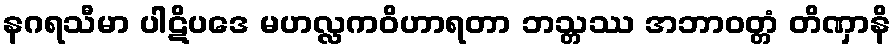
နဂရသီမာ ပါဋိပဒေ မဟလ္လကဝိဟာရတာ ဘသ္တဿ အဘာဝတ္တံ တိဏှာနိ